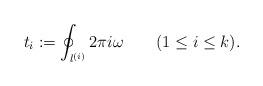
LaTeX: \begin{align*}t_i:=\oint_{l^{(i)}}2\pi i\omega \qquad (1\leq i\leq k).\end{align*}